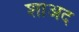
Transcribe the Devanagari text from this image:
शाअद